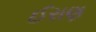
ઈરાણ